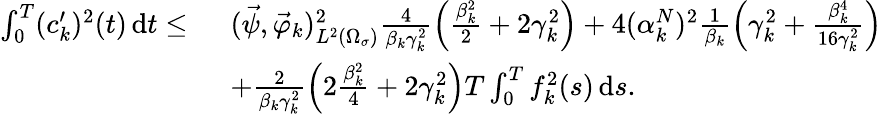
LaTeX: \begin{array}{rl}{\int_{0}^{T}(c_{k}^{\prime})^{2}(t)\, \mathrm dt\leq\ }&{(\vec{\psi},\vec{\varphi}_{k})_{L^{2}(\Omega_{\sigma})}^{2}\frac{4}{\beta_{k}\gamma_{k}^{2}}\left(\frac{\beta_{k}^{2}}{2}+2\gamma_{k}^{2}\right)+4(\alpha_{k}^{N})^{2}\frac{1}{\beta_{k}}\left(\gamma_{k}^{2}+\frac{\beta_{k}^{4}}{16\gamma_{k}^{2}}\right)}\\ &{+\frac{2}{\beta_{k}\gamma_{k}^{2}}\left(2\frac{\beta_{k}^{2}}{4}+2\gamma_{k}^{2}\right)T\int_{0}^{T}f_{k}^{2}(s)\, \mathrm ds.}\end{array}